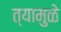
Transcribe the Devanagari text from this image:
त्यामुुळे